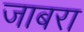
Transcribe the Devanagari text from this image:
जाबरा